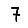
Digit: 7